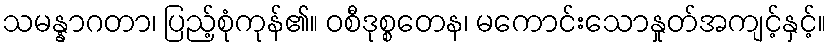
သမန္နာဂတာ၊ ပြည့်စုံကုန်၏။ ဝစီဒုစ္စတေန၊ မကောင်းသောနှုတ်အကျင့်နှင့်။